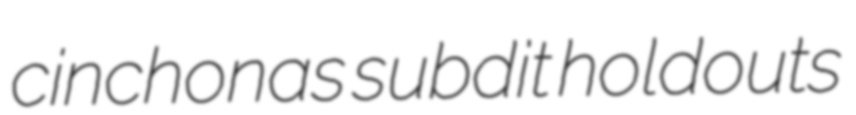
cinchonas subdit holdouts